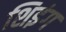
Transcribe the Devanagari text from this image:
शिइंग